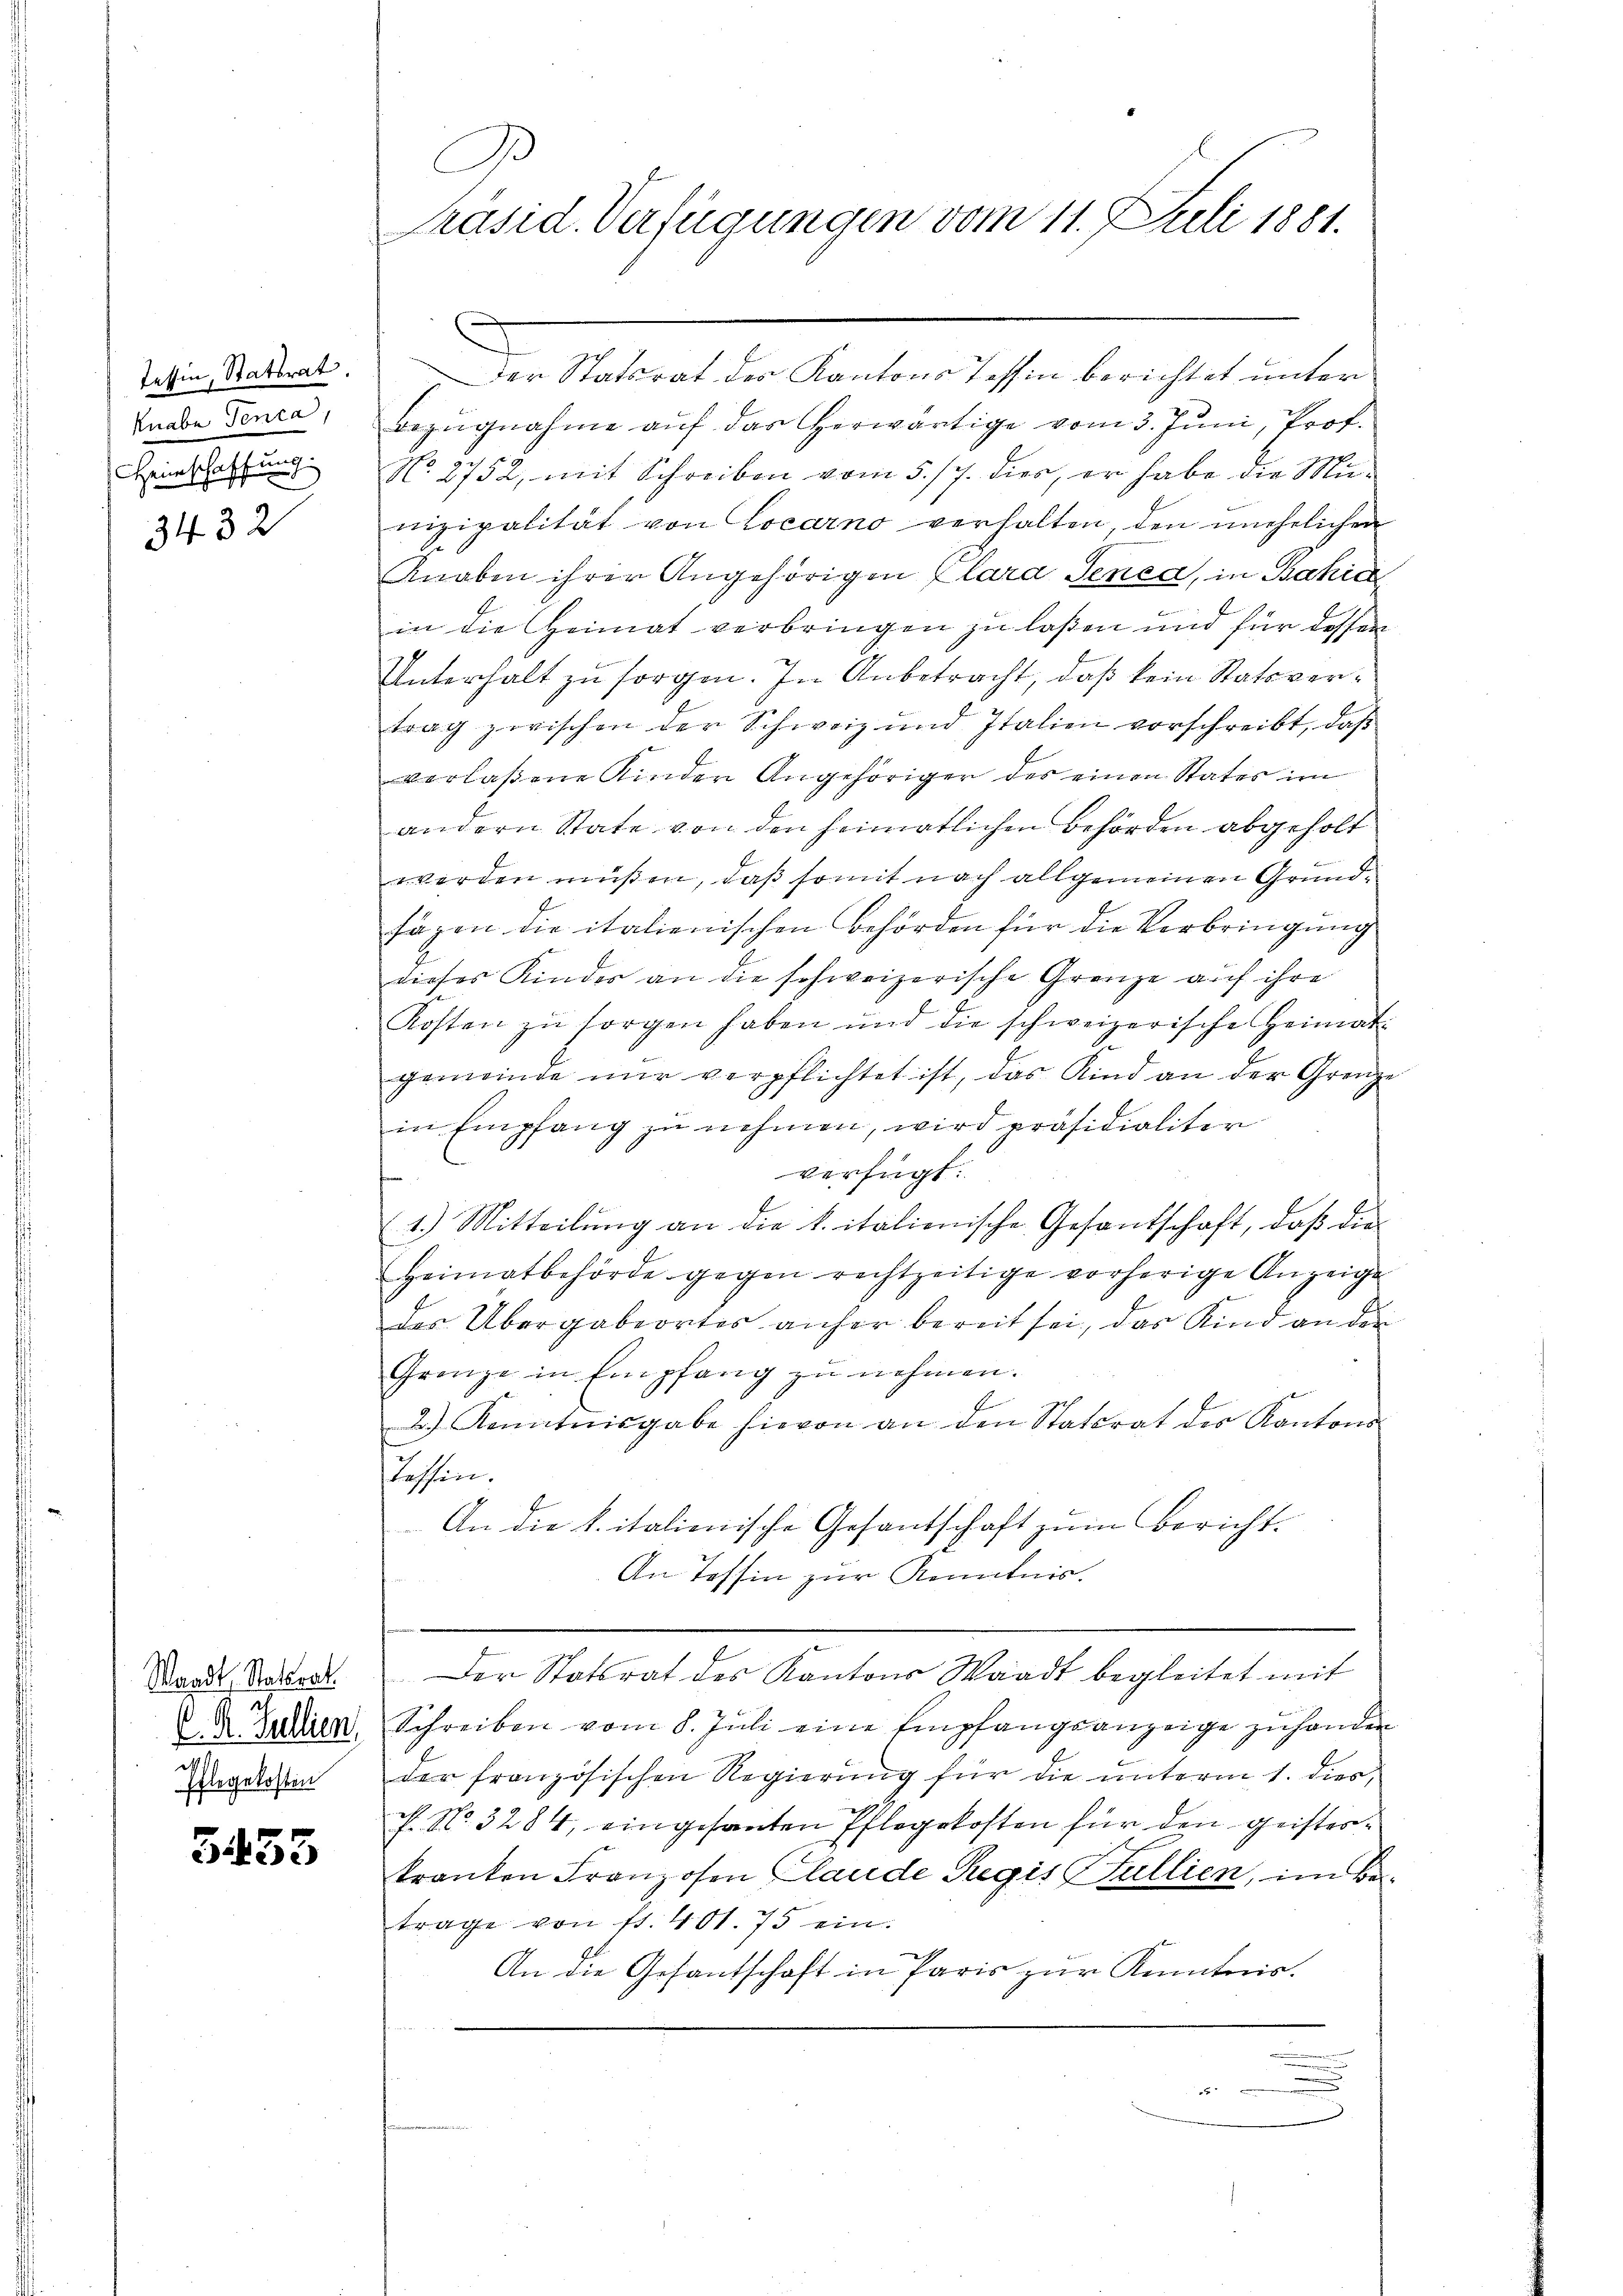
Tessin, Statsrat.
Knabe Tenca,
Hirschaffun

3432

2
is
Elegekosten

3455

I
Präsid. Verfügungen vom 11. Juli 1881.

Der Statsrat der Kantons Tessin berichtet unter
Bezugnahme auf das herwärtige vom 3. Juni, Prof.
No. 2752, mit Schreiben vom 5./7. dies, er habe die Minizipalität von Locarno verhalten, den unehelichen
Knaben ihrer Angehörigen Clara Senca, in Bahia
in die Heimat verbringen zu laßen und für dessen
Unterhalt zu sorgen. In Anbetracht, daß kein Statsvertrag zwischen der Schweiz und Italien vorschreibt, daß
verlaßene Kinder Angehöriger des einen States im
andern State von den heimatlichen Behörden abgeholt
werden müßen, daß somit nach allgemeinen Grundsägen die italienischen Behörden für die Verbringung
dieses Kinder an die schweizerische Grenze auf ihre
Kosten zu sorgen haben und die schweizerische Heimat
gemeinde nur verpflichtet ist, das Kind an der Grenze
in Empfang zŭ nehmen, wird präsidialiter
verfügt:
1.) Mitteilŭng an die k. italienische Gesandschaft, daß die
Heimatbehörde gegen rechtzeitige vorherige Anzeige
des Übergabeortes anher bereit sei, das Kind an der
Grenze in Empfang zŭ nehmen.
2.) Kenntnisgabe hievon an den Stattrat der Kantons
Tessin.
An die k. italionische Gesantschaft zum Bericht.
An Tessin zur Kenntnis.
Stande Sattet. Der Statsrat des Kantons Waadt begleitet mit
D. Bedien Schreiben vom 8. Juli eine Empfangsanzeige zuhanden
der französischen Regierŭng für die ŭnterm 1. dies,
c. No. 3284, eingesanten Pflegekosten für den geistertranten Franzosen Claude Regis  Fullien, im Betrage von fl. 401. 75 ein.
An die Gesantschaft in Paris zur Kenntnis.